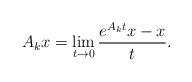
LaTeX: \begin{align*}A_k x=\lim\limits_{t\rightarrow 0} \frac{e^{A_k t}x - x}{t}.\end{align*}